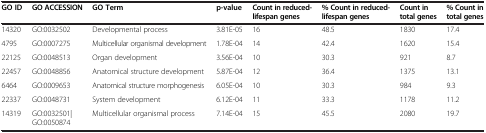
| GO ID | GO ACCESSION | GO Term | p-value | Count in reduced-lifespan genes | % Count in reduced-lifespan genes | Count in total genes | % Count in total genes |
 | --- | --- | --- | --- | --- | --- | --- | --- |
 | 14320 | GO:0032502 | Developmental process | 3.81E-05 | 16 | 48.5 | 1830 | 17.4 |
 | 4795 | GO:0007275 | Multicellular organismal development | 1.78E-04 | 14 | 42.4 | 1620 | 15.4 |
 | 22125 | GO:0048513 | Organ development | 3.56E-04 | 10 | 30.3 | 921 | 8.7 |
 | 22457 | GO:0048856 | Anatomical structure development | 5.87E-04 | 12 | 36.4 | 1375 | 13.1 |
 | 6464 | GO:0009653 | Anatomical structure morphogenesis | 6.05E-04 | 10 | 30.3 | 984 | 9.3 |
 | 22337 | GO:0048731 | System development | 6.12E-04 | 11 | 33.3 | 1178 | 11.2 |
 | 14319 | GO:0032501|GO:0050874 | Multicellular organismal process | 7.14E-04 | 15 | 45.5 | 2080 | 19.7 |